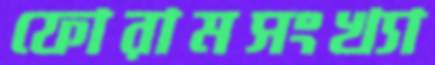
ফোরামসংখ্যা